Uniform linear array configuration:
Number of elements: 8
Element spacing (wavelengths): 0.75
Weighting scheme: cosine
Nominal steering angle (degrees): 30
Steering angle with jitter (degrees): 30.691
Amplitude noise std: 0.05
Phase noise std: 0.05

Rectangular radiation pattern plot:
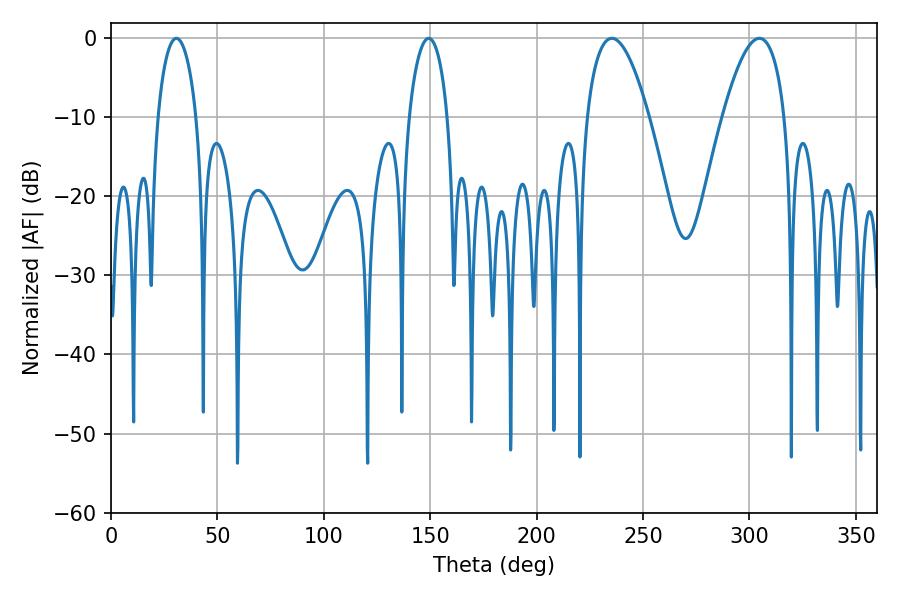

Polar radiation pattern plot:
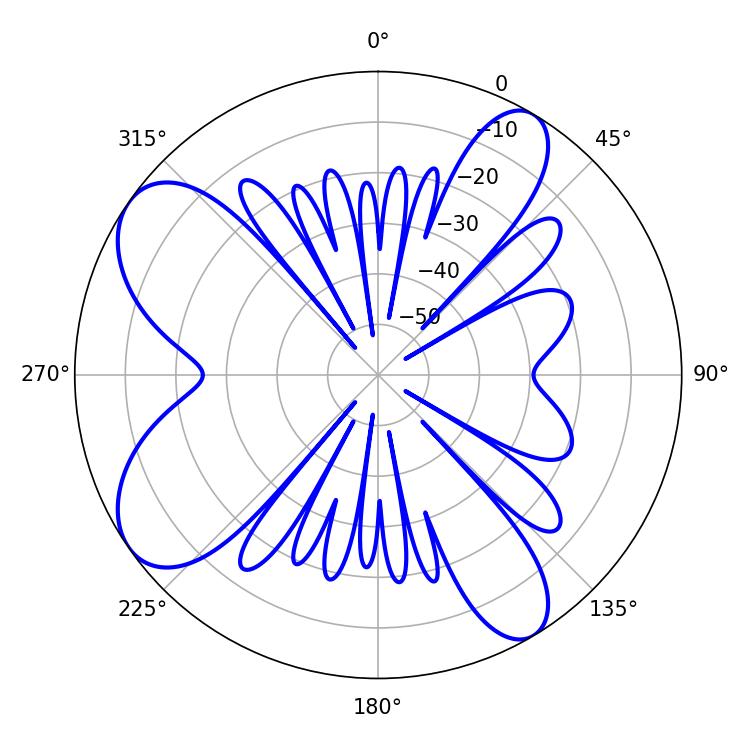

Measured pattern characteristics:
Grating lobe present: TRUE
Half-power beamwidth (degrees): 16.02
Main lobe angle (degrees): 235.26